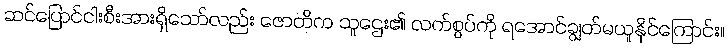
ဆင်ပြောင်ငါးစီးအားရှိသော်လည်း ဇောတိက သူဌေး၏ လက်စွပ်ကို ရအောင်ချွတ်မယူနိုင်ကြောင်း။